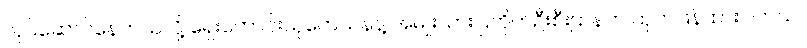
လုပ်ဆောင်နေတယ်လို့ ရှေးဟောင်းသုတေသနနဲ့ အမျိုးသားပြတိုက်ဦးစီးဌာနက ထုတ်ပြန်ထားပါတယ်။